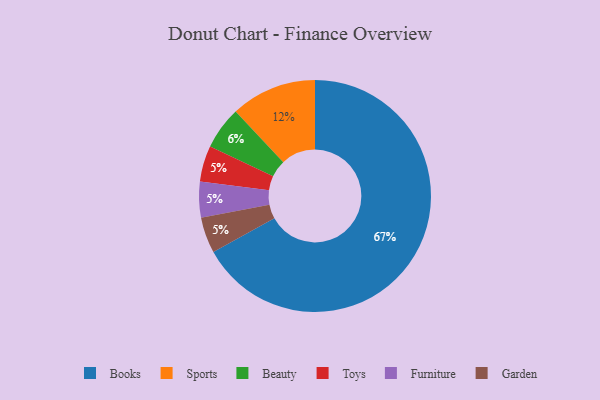
{"axis": {"x": "Category", "y": "Percentage"}, "legend": ["Beauty", "Books", "Furniture", "Garden", "Sports", "Toys"], "data": [{"x": "Beauty", "y": 6, "type": "Beauty"}, {"x": "Books", "y": 67, "type": "Books"}, {"x": "Toys", "y": 5, "type": "Toys"}, {"x": "Sports", "y": 12, "type": "Sports"}, {"x": "Furniture", "y": 5, "type": "Furniture"}, {"x": "Garden", "y": 5, "type": "Garden"}]}